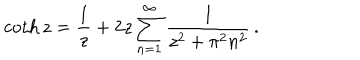
LaTeX: \coth z = \frac { 1 } { z } + 2 z \sum _ { n = 1 } ^ { \infty } \frac { 1 } { z ^ { 2 } + \pi ^ { 2 } n ^ { 2 } } \, { . }